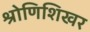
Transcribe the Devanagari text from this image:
श्रोणिशिखर